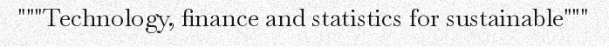
"""Technology, finance and statistics for sustainable"""